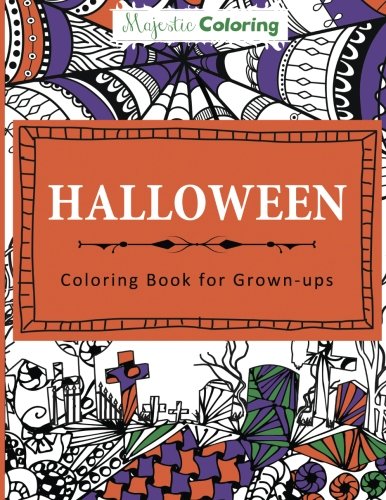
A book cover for Halloween Coloring Book for Grown-Ups; Majestic Coloring; Self-Help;